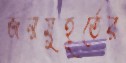
জন্মমুহূর্তের